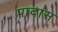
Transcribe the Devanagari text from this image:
पादास